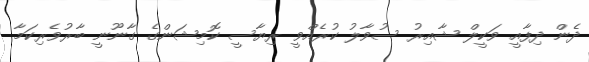
ދެން ދިފާއީ ވަކީލް ޝާއިރު ސުވާލު ކުރެއްވީ ރިޔާސީ ކޮމިޝަންގެ ގާނޫނީ ބާރުވެރިކަމާ